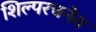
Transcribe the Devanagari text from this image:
शिल्परचनेत